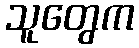
သူတွေက